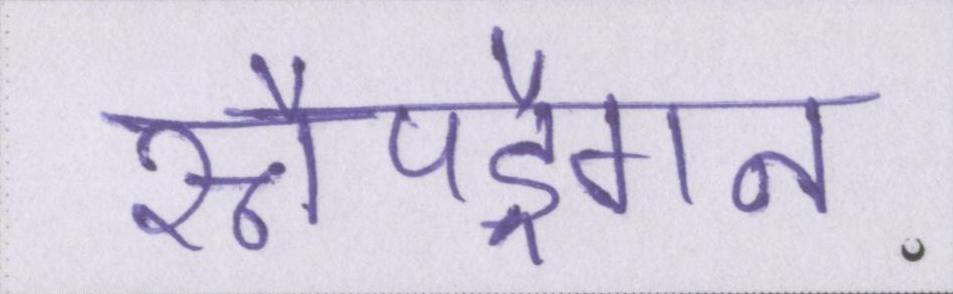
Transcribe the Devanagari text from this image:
स्नैपड्रैगन